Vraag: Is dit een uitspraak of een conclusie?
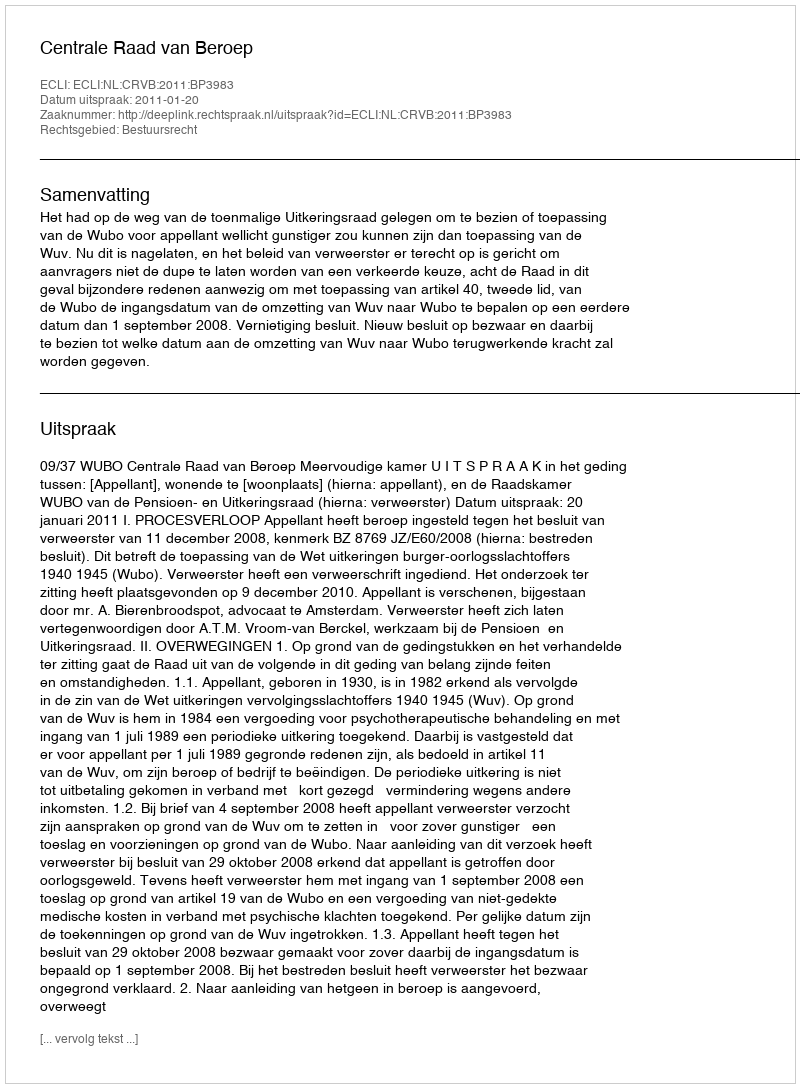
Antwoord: Uitspraak